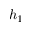
h _ { 1 }